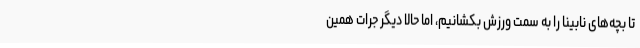
تا بچه‌های نابینا را به سمت ورزش بکشانیم، اما حالا دیگر جرات همین